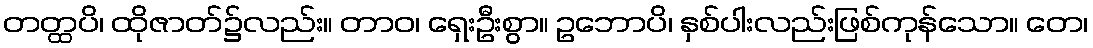
တတ္ထပိ၊ ထိုဇာတ်၌လည်း။ တာဝ၊ ရှေးဦးစွာ။ ဥဘောပိ၊ နှစ်ပါးလည်းဖြစ်ကုန်သော။ တေ၊